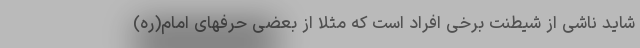
شاید ناشی از شیطنت برخی افراد است که مثلا از بعضی حرفهای امام(ره)